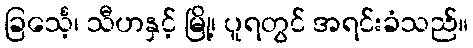
ခြင်္သေ့၊ သီဟနှင့် မြို့၊ ပူရတွင် အရင်းခံသည်။